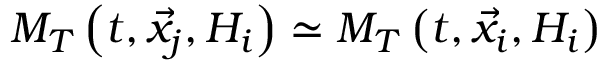
M _ { T } \left( t , \vec { x } _ { j } , { \cal H } _ { i } \right) \simeq M _ { T } \left( t , \vec { x } _ { i } , { \cal H } _ { i } \right)